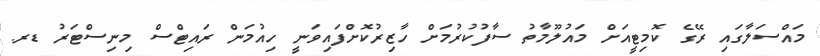
މައްސަލާގައި ރޭގެ ކޮމިޓީއަށް މައުލޫމާތު ސާފުކުރުމަށް ހާޒިރުކޮށްފައިވަނީ ހިއުމަން ރައިޓްސް މިނިސްޓަރު ޑރ.